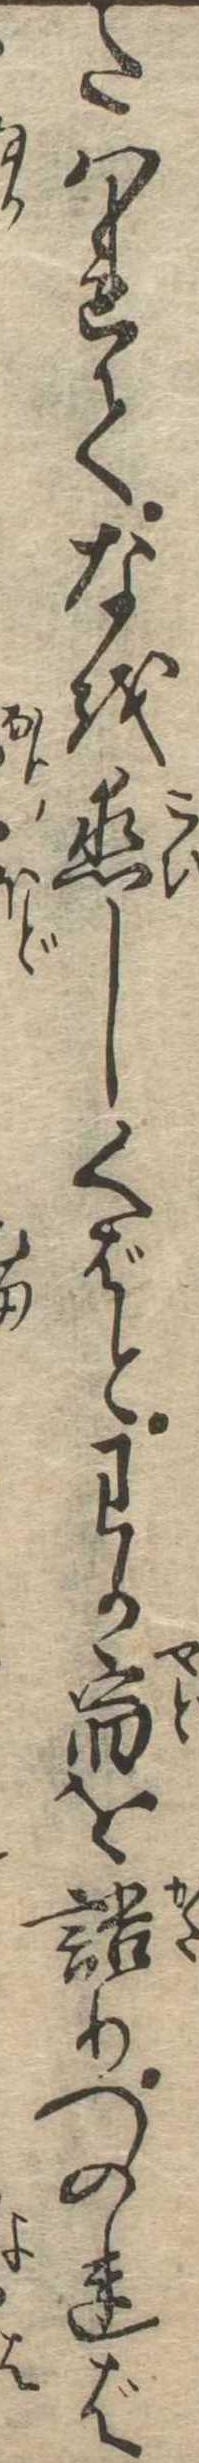
たはれてなを恋しくばとわか宿を語りつのれば